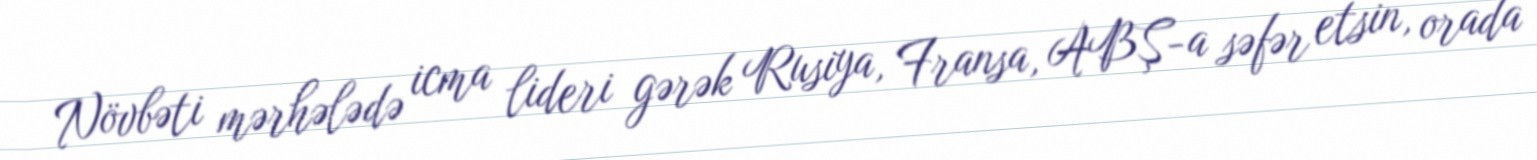
Növbəti mərhələdə icma lideri gərək Rusiya, Fransa, ABŞ-a səfər etsin, orada